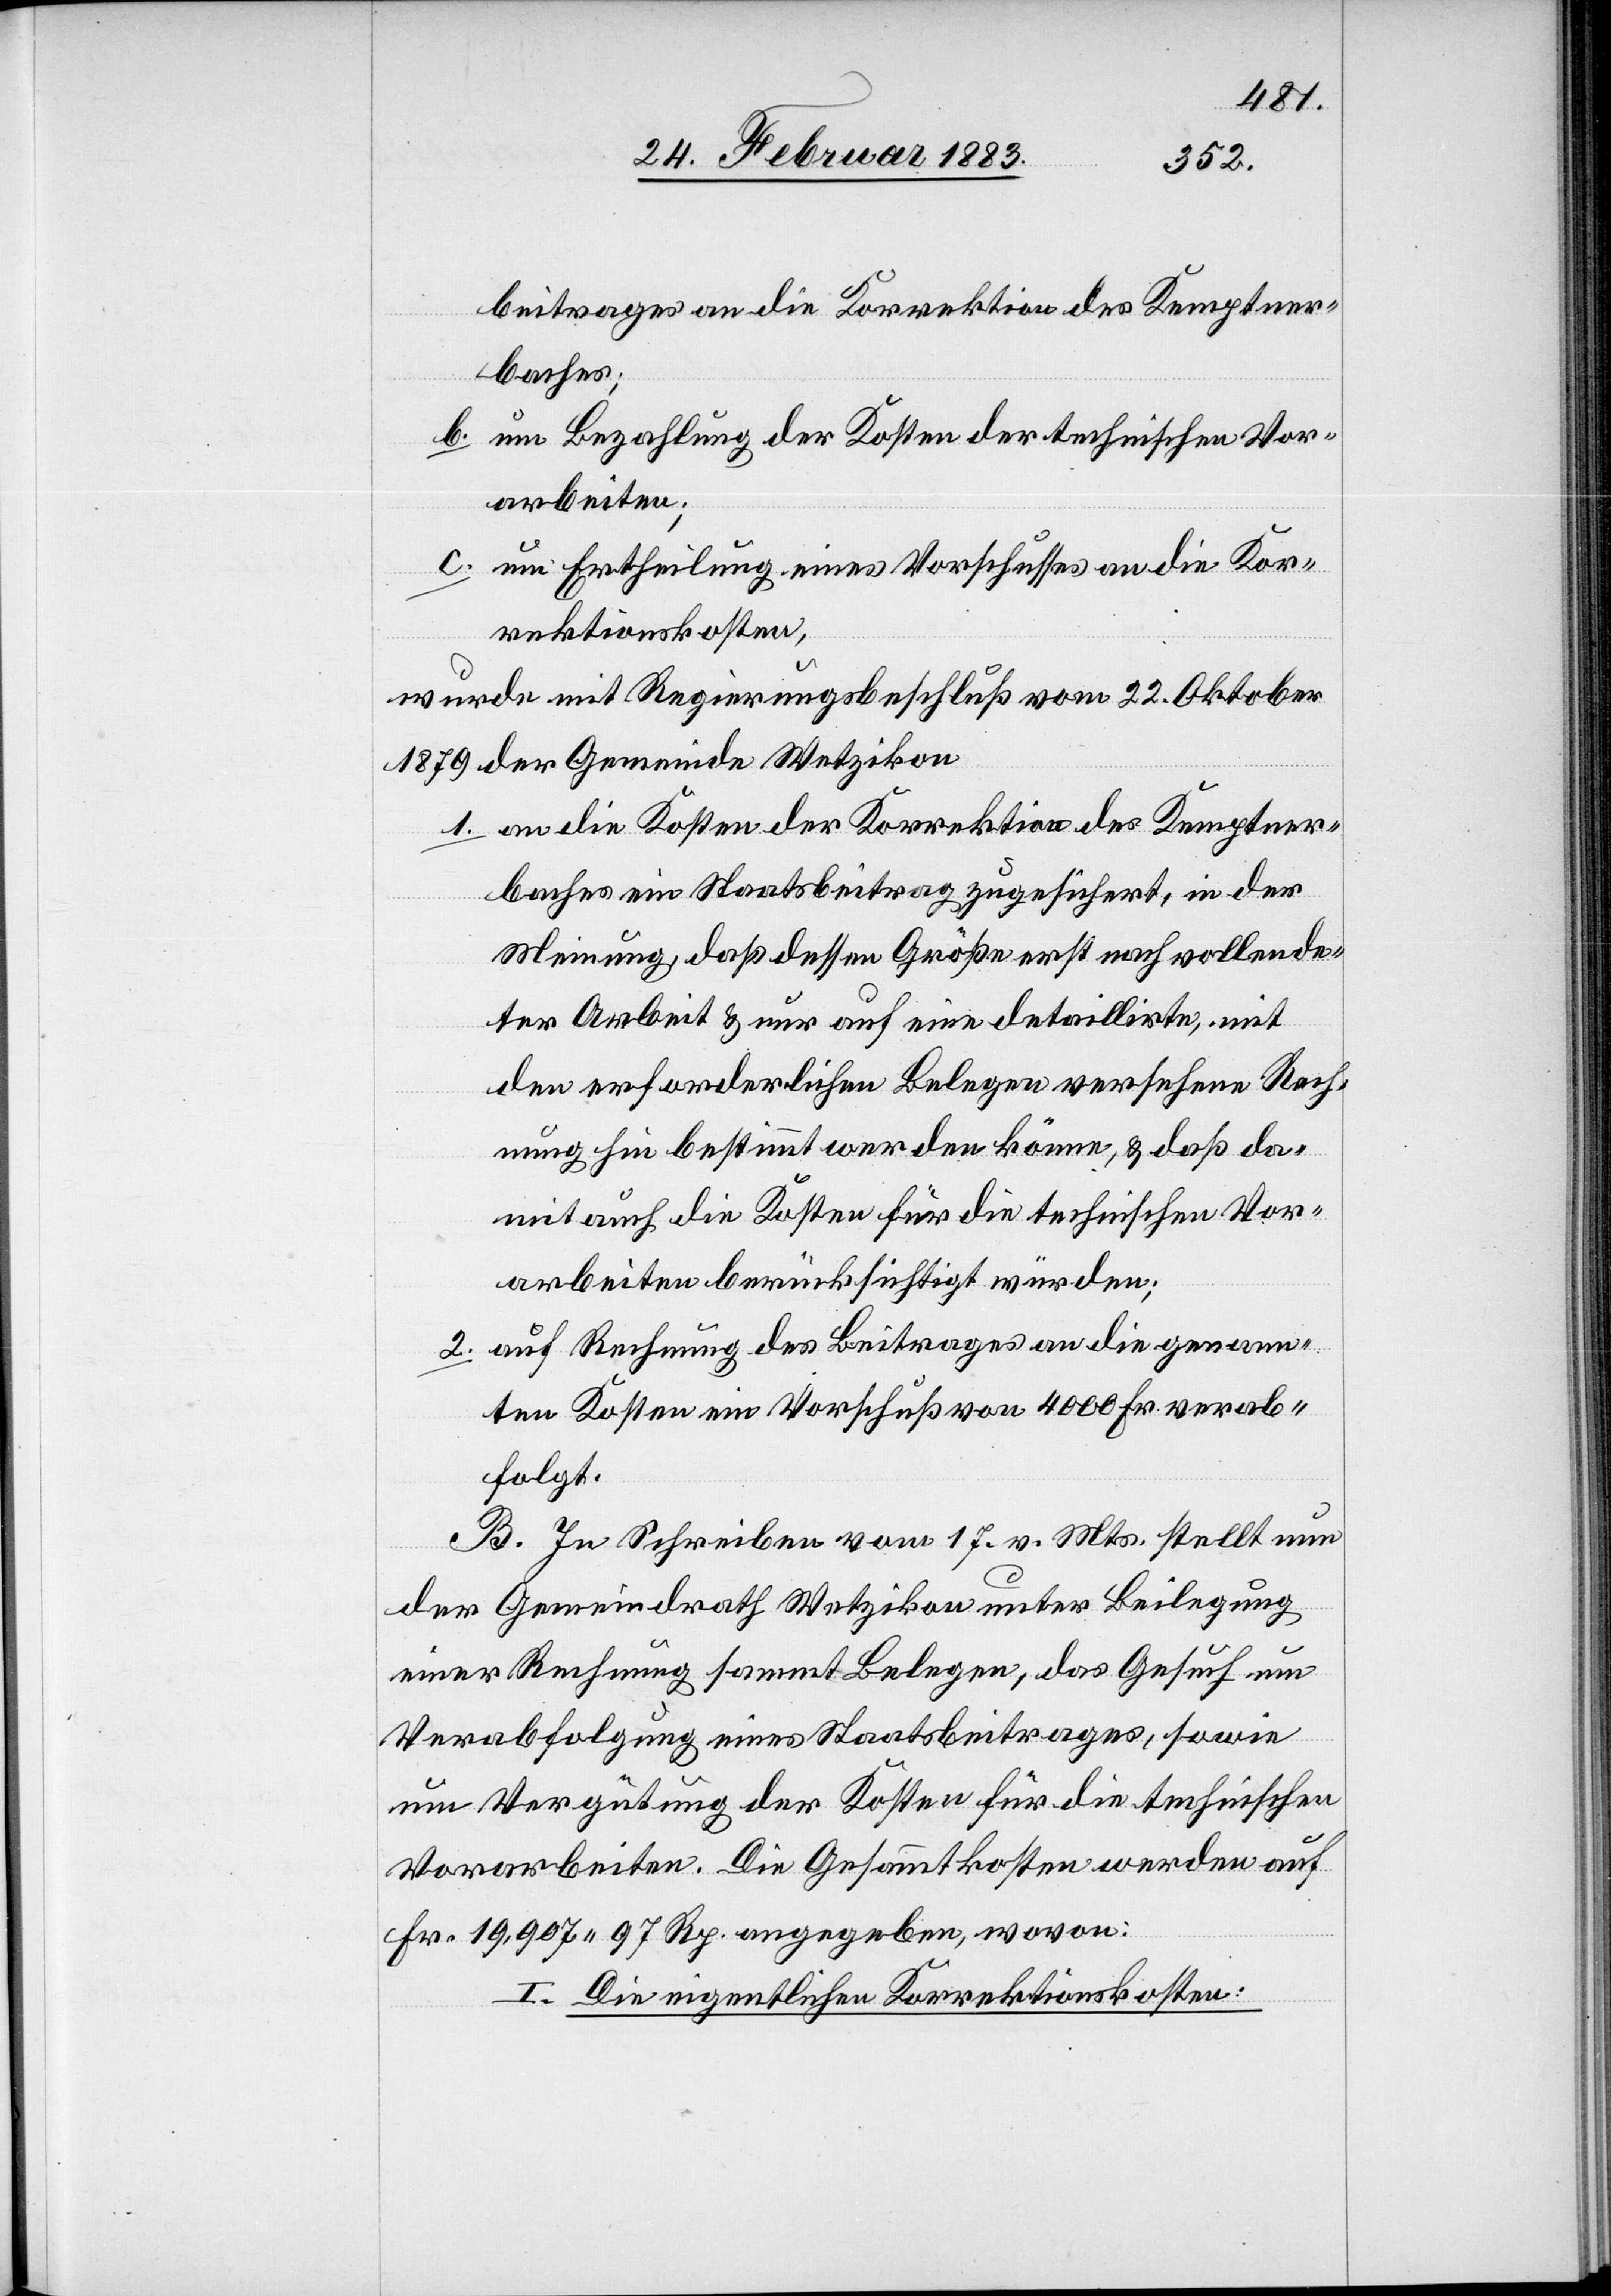
beitrages an die Korrektion des Kemptner¬
baches;
b. um Bezahlung der Kosten der technischen Vor¬
arbeiten;
c. um Ertheilung eines Vorschusses an die Kor¬
rektionskosten,
wurde mit Regierungsbeschluß vom 22. Oktober
1879 der Gemeinde Wetzikon
1. an die Kosten der Korrektion des Kemptner¬
baches ein Staatsbeitrag zugesichert, in der
Meinung, daß dessen Größe erst nach vollende¬
ter Arbeit & nur auf eine detaillirte, mit
den erforderlichen Belegen versehene Rech¬
nung hin bestimmt werden könne, & daß da¬
mit auch die Kosten für die technischen Vor¬
arbeiten berücksichtigt würden;
2. auf Rechnung des Beitrages an die genann¬
ten Kosten ein Vorschuß von 4000 Fr. verab¬
folgt.
B. In Schreiben vom 17. v. Mts. stellt nun
der Gemeindrath Wetzikon unter Beilegung
einer Rechnung sammt Belegen, das Gesuch um
Verabfolgung eines Staatsbeitrages, sowie
um Vergütung der Kosten für die technischen
Vorarbeiten. Die Gesammtkosten werden auf
Fr. 19,907 97 Rp. angegeben, wovon:
I. Die eigentlichen Korrektionskosten: